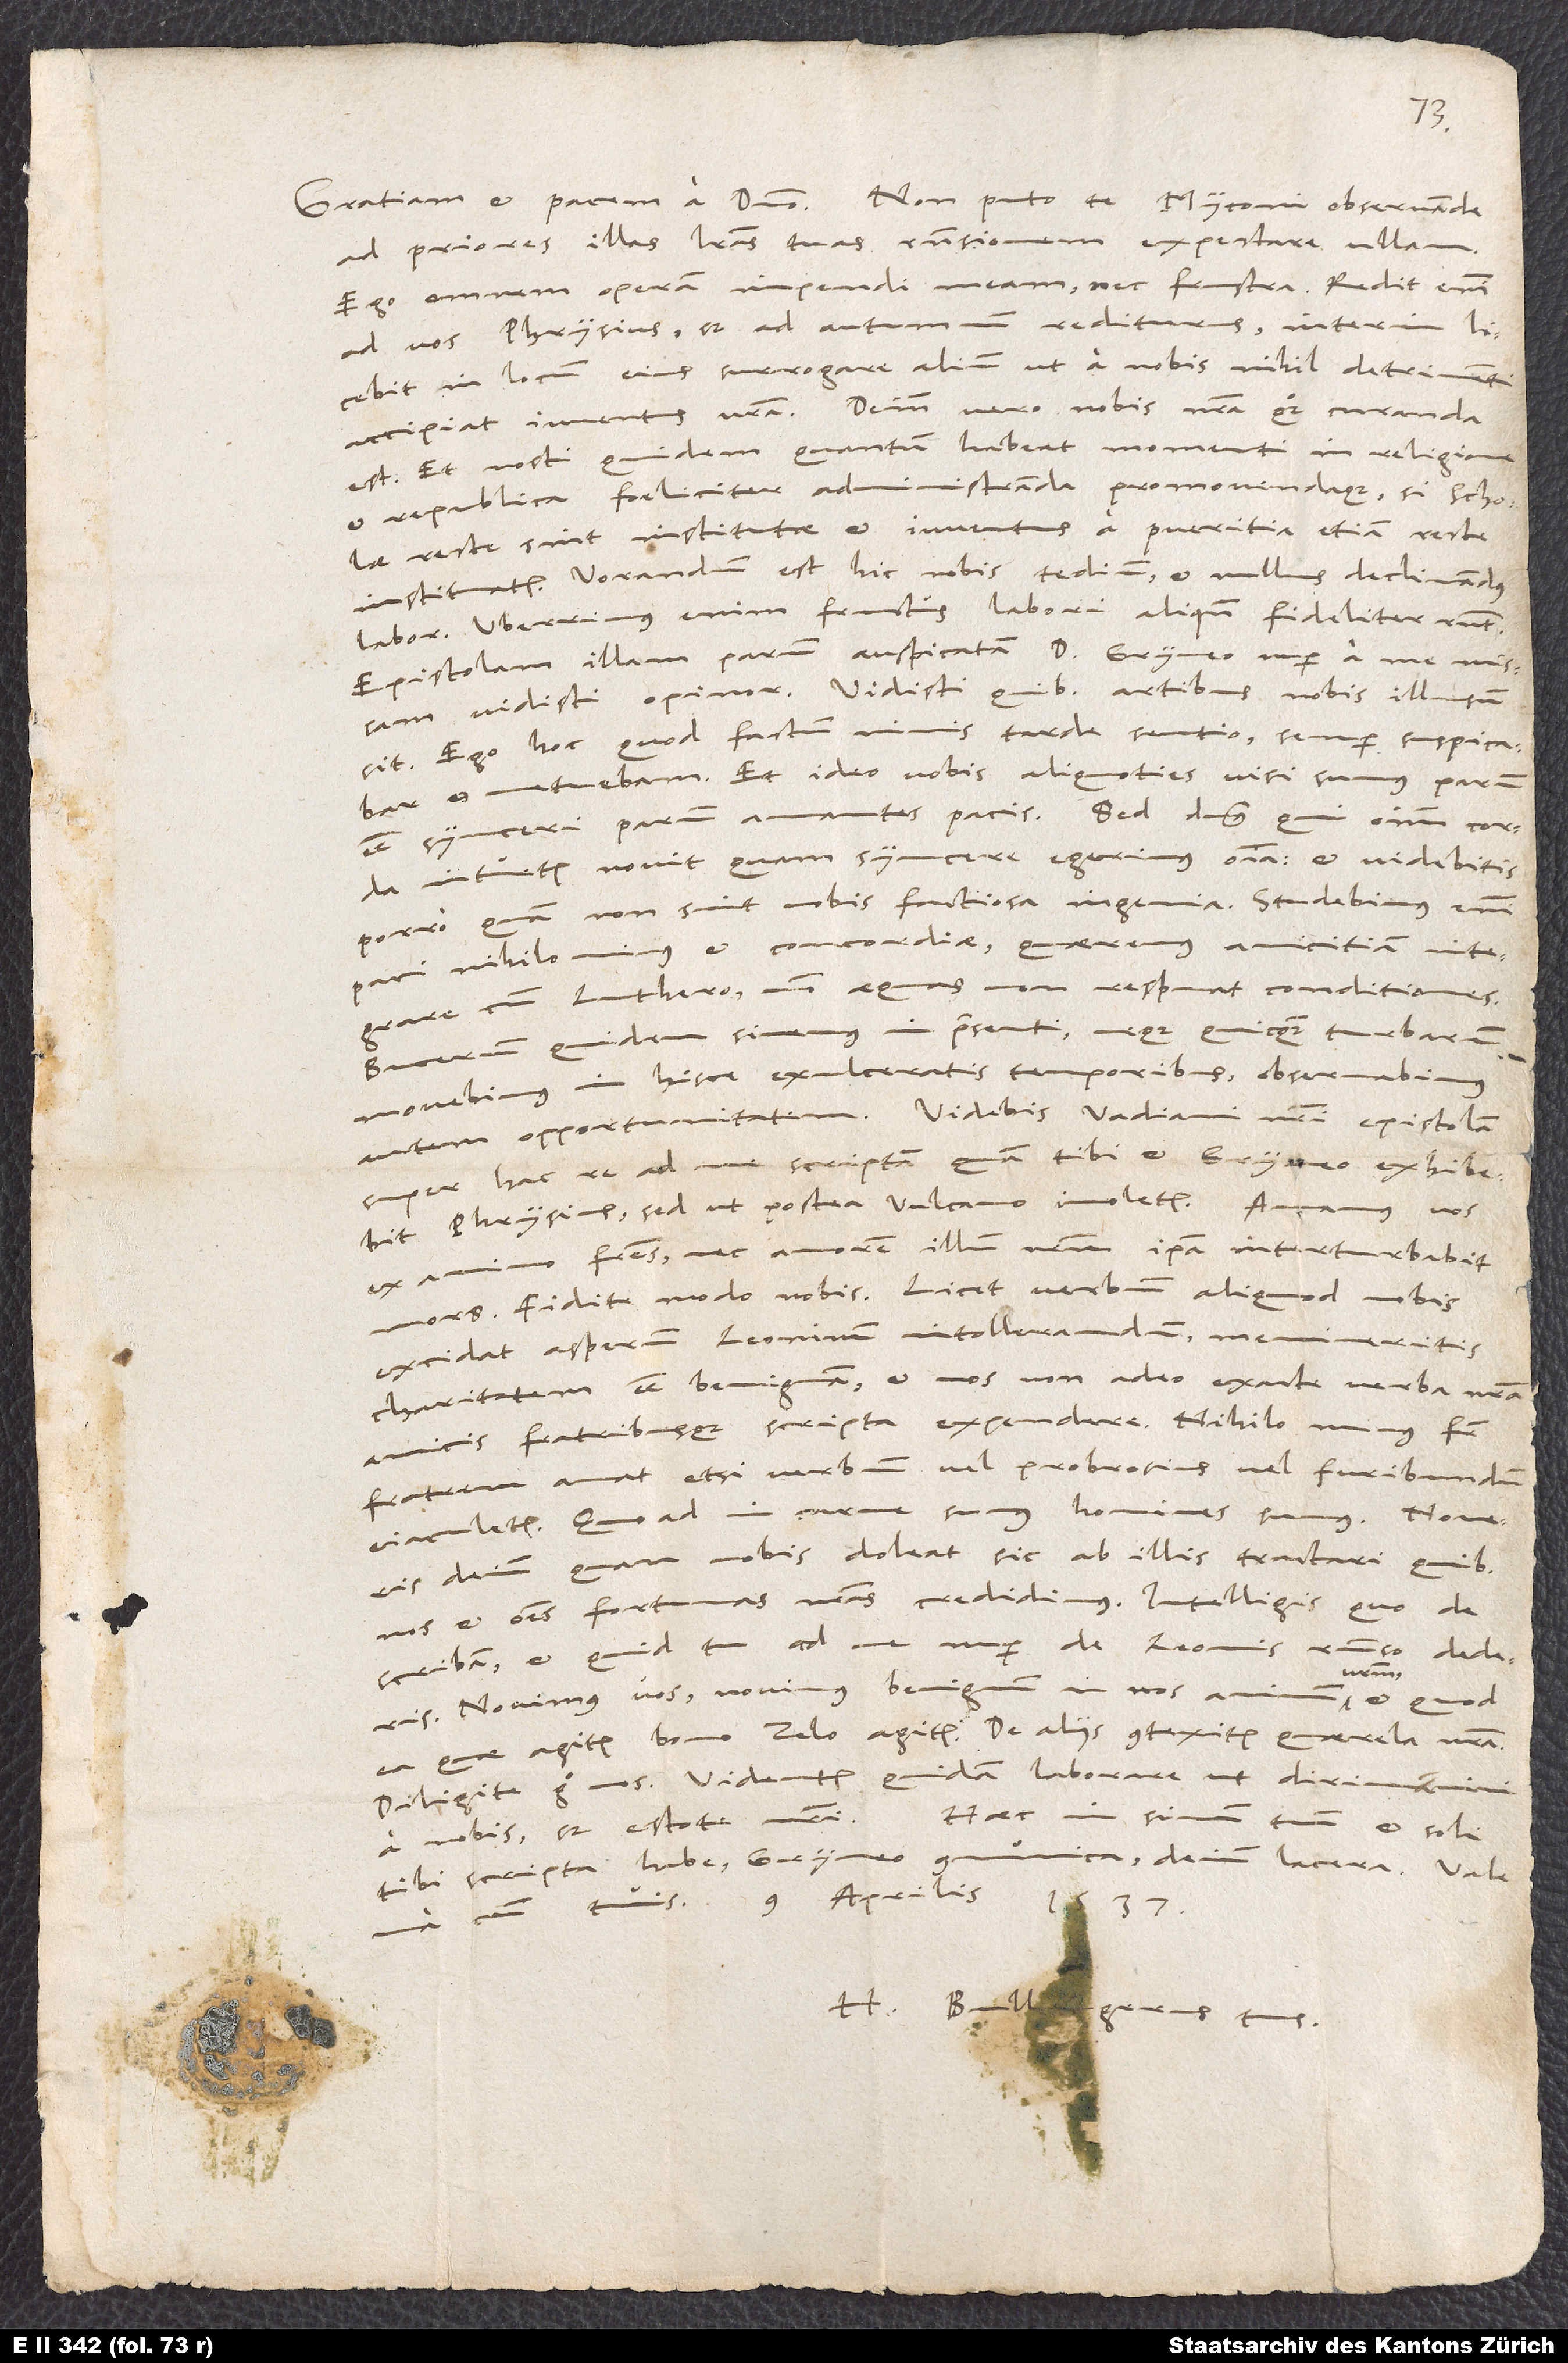
ad priores illas litteras tuas responsionem expectare ullam.
Ego omnem operam impendi meam, nec frustra. Redit enim
ad vos Phrysius, sed ad autumnum rediturus; interim licebit
in locum eius surrogare alium, ut a nobis nihil detrimenti
accipiat iuventus vestra. Deinde vero nobis nostra quoque curanda
est. Et nosti quidem, quantum habeat momenti in religione
et republica foeliciter administranda promovendaque, si scholae
recte sint institutae et iuventus a pueritia etiam recte
instituatur. Vorandum est hic nobis tedium et nullus declinandus
labor. Uberrimus enim fructus labori aliquando fideliter respondet.
Epistolam illam parum auspicatam d. Gryneo nuper a me missam
vidisti, opinor. Vidisti, quibus artibus nobis illusum
sit. Ego hoc, quod factum nimis tarde sentio, semper suspicabar
et metuebam. Et ideo vobis aliquoties visi sumus parum
esse synceri, parum amantes pacis. Sed dominus, qui omnium corda
intuetur, novit, quam syncere egerimus omnia, et videbitis
porro, quam non sint nobis factiosa ingenia. Studebimus enim
paci nihilo minus et concordiae, quaeremus amicitiam integrare
cum Luthero, modo aequas non respuat conditiones.
quidem sinemus in praesenti, neque quicquam turbarum
Bucerum
movebimus in hisce exulceratis temporibus, observabimus
super hac re ad me scriptam, quam tibi et Gryneo exhibebit
Phrysius, sed ut postea Vulcano imoletur. Amamus vos
fratres, nec amorem illum nostrum ipsa interturbabit
ex animo
mors. Fidite modo nobis. Licet verbum aliquod nobis
excidat asperum, leoninum, intollerandum, memineritis
charitatem esse benignam et nos non adeo exacte verba nostra
amicis fratribusque scripta expendere. Nihilo minus frater
fratrem amat, etsi verbum vel probrosius vel furibundum
eiaculetur. Quoad in carne sumus, homines sumus. Noveris
deinde, quam nobis doleat sic ab illis tractari, quibus
nos et omnes fortunas nostras credidimus. Intelligis, quo de
scribam et quid tu ad me nuper de Leonis responso dederis.
vestrum,
Novimus vos, novimus benignum in nos animum
ea, quae agitis, bono zelo agitis. De aliis contexitur querela nostra.
Diligite ergo nos. Videntur quidam laborare, ut dirimamini
a nobis, sed estote nostri. Haec in sinum tuum et soli
communica, deinde lacera.
tibi scripta habe; Gryneo
H. Bullingerus tuus.